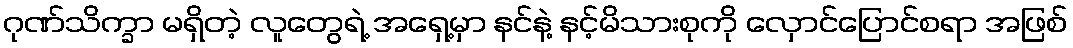
ဂုဏ်သိက္ခာ မရှိတဲ့ လူတွေရဲ့ အရှေ့မှာ နင်နဲ့ နင့်မိသားစုကို လှောင်ပြောင်စရာ အဖြစ်